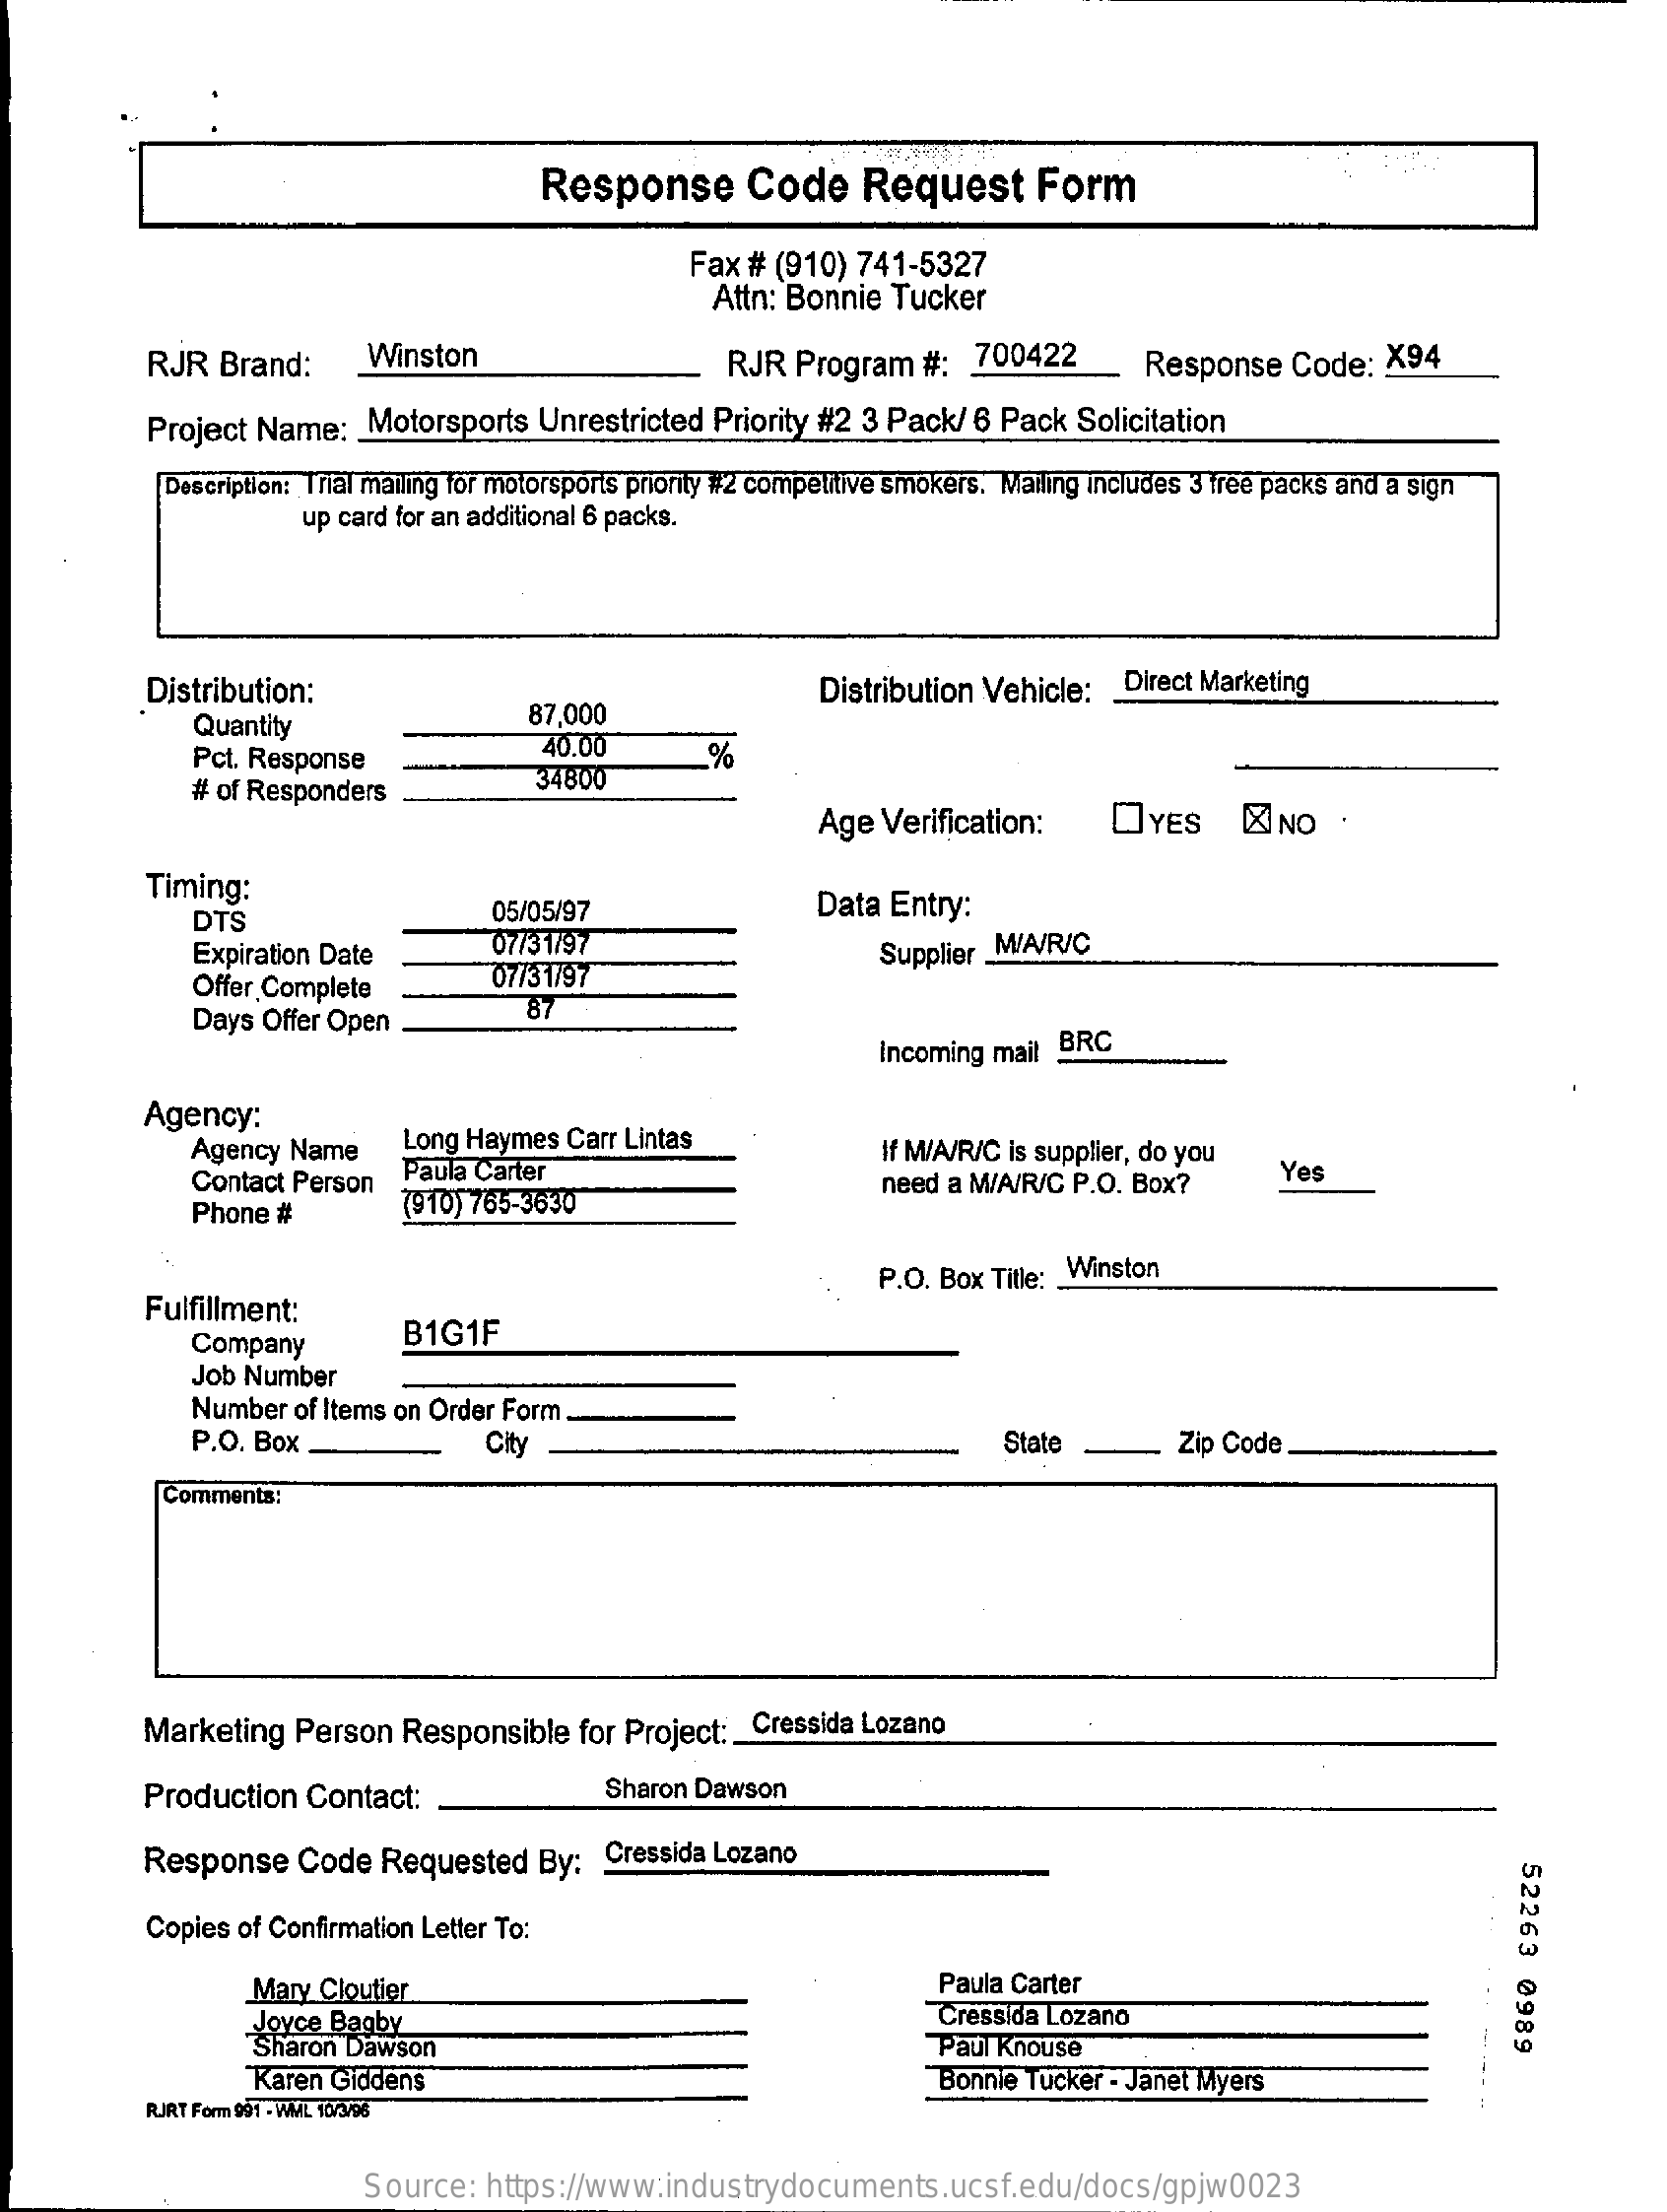
Response    Code    Request    Form
     Fax  # (910) 741-5327
     Attn: Bonnie Tucker
     RJR  Brand:    Winston    RJR  Program   #:  700422    Response    Code:  X94
     Project Name:   Motorsports   Unrestricted Priority #2 3 Pack/ 6 Pack  Solicitation
     Description: Trial mailing for motorsports priority #2 competitive smokers. Mailing includes 3 free packs and a sign
     up card for an additional 6 packs.
     Distribution:
     87,000
     Distribution Vehicle:   Direct Marketing
     Quantity
     Pct. Response
     40.00    %
     # of Responders    34800
     Age Verification:    OYES    KNO    .
     Timing:
     DTS    05/05/97    Data  Entry:
     Expiration Date    07/31/97
     Offer Complete    07/31/97
     Supplier M/A/R/C
     Days Offer Open
     87
     Incoming mail BRC
     Agency:
     Agency Name    Long Haymes  Carr Lintas
     Paula Carter
     If M/A/R/C is supplier, do you
     Contact Person
     (910) 765-3630
     need a M/A/R/C P.O. Box?    Yes
     Phone #
     Fulfillment:
     P.O. Box Title: _ Winston
     Company    B1G1F
     Job Number
     Number  of Items on Order Form.
     P.O. Box    City    State    Zip Code
     Comments:
     Marketing   Person  Responsible   for Project :_ Cressida Lozano
     Production   Contact:    Sharon Dawson
     Response    Code  Requested   By:   Cressida Lozano
     52263
     0989
     Copies of Confirmation Letter To:
     Mary Cloutier    Paula Carter
     Joyce Bagby
     Sharon Dawson
     Cressida Lozano
     Paul Knouse
     Karen  Giddens    Bonnie Tucker - Janet Myers
     RJRT Form 991 - WML 10/3/96
     Source:  https://www.industrydocuments.ucsf.edu/docs/gpjw0023